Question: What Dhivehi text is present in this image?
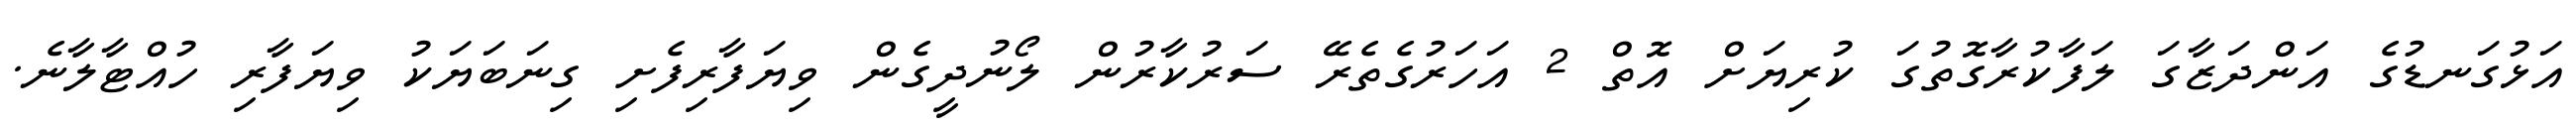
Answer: އަޅުގަނޑުގެ އަންދަޒާގަ ލަފާކުރާގޮތުގަ ކުރިޔަށް އޮތް 2 އަހަރުގެތެރޭ ސަރުކާރުން ލޯނުދީގެން ވިޔަފާރިފެށި ގިނަބަޔަކު ވިޔަފާރި ހުއްޓާލާނެ.